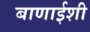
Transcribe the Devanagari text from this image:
बाणाईशी